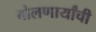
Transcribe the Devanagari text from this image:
बोलणार्यांची